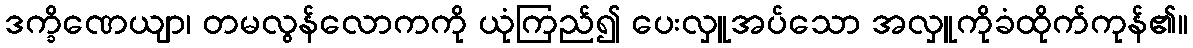
ဒက္ခိဏေယျာ၊ တမလွန်လောကကို ယုံကြည်၍ ပေးလှူအပ်သော အလှူကိုခံထိုက်ကုန်၏။